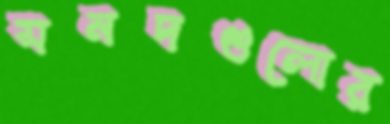
সনদগুলোর